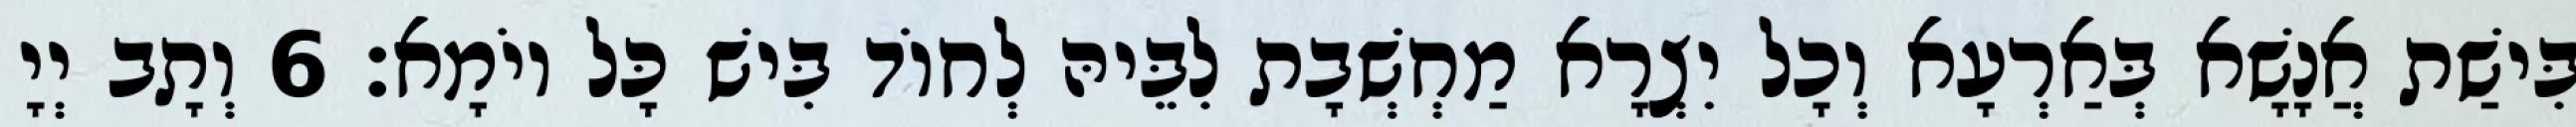
בִּישַׁת אֲנָשָׁא בְּאַרְעָא וְכָל יִצְרָא מַחְשְׁבָת לִבֵּיהּ לְחוֹד בִּישׁ כָּל יוֹמָא׃ 6 וְתָב יְיָ